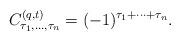
LaTeX: \begin{gather*}C_{\tau_1, \dots, \tau_n}^{(q, t)} = (-1)^{\tau_1 + \dots + \tau_n}.\end{gather*}